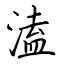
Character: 溘